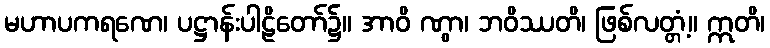
မဟာပကရဏေ၊ ပဋ္ဌာန်းပါဠိတော်၌။ အာဝိ ဏွာ၊ ဘဝိဿတိ၊ ဖြစ်လတ္တံ့။ ဣတိ၊